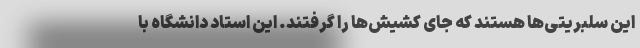
این سلبریتی‌ها هستند که جای کشیش‌ها را گرفتند. این استاد دانشگاه با